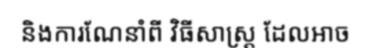
និងការណែនាំពី វិធីសាស្ត្រ ដែលអាច